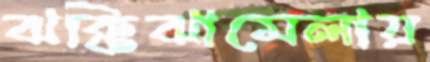
ঝক্কিঝামেলায়